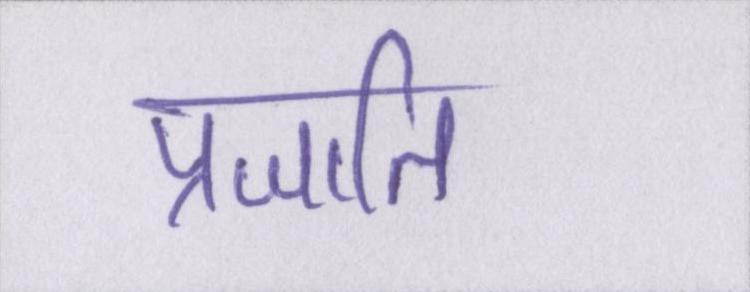
प्रजाति